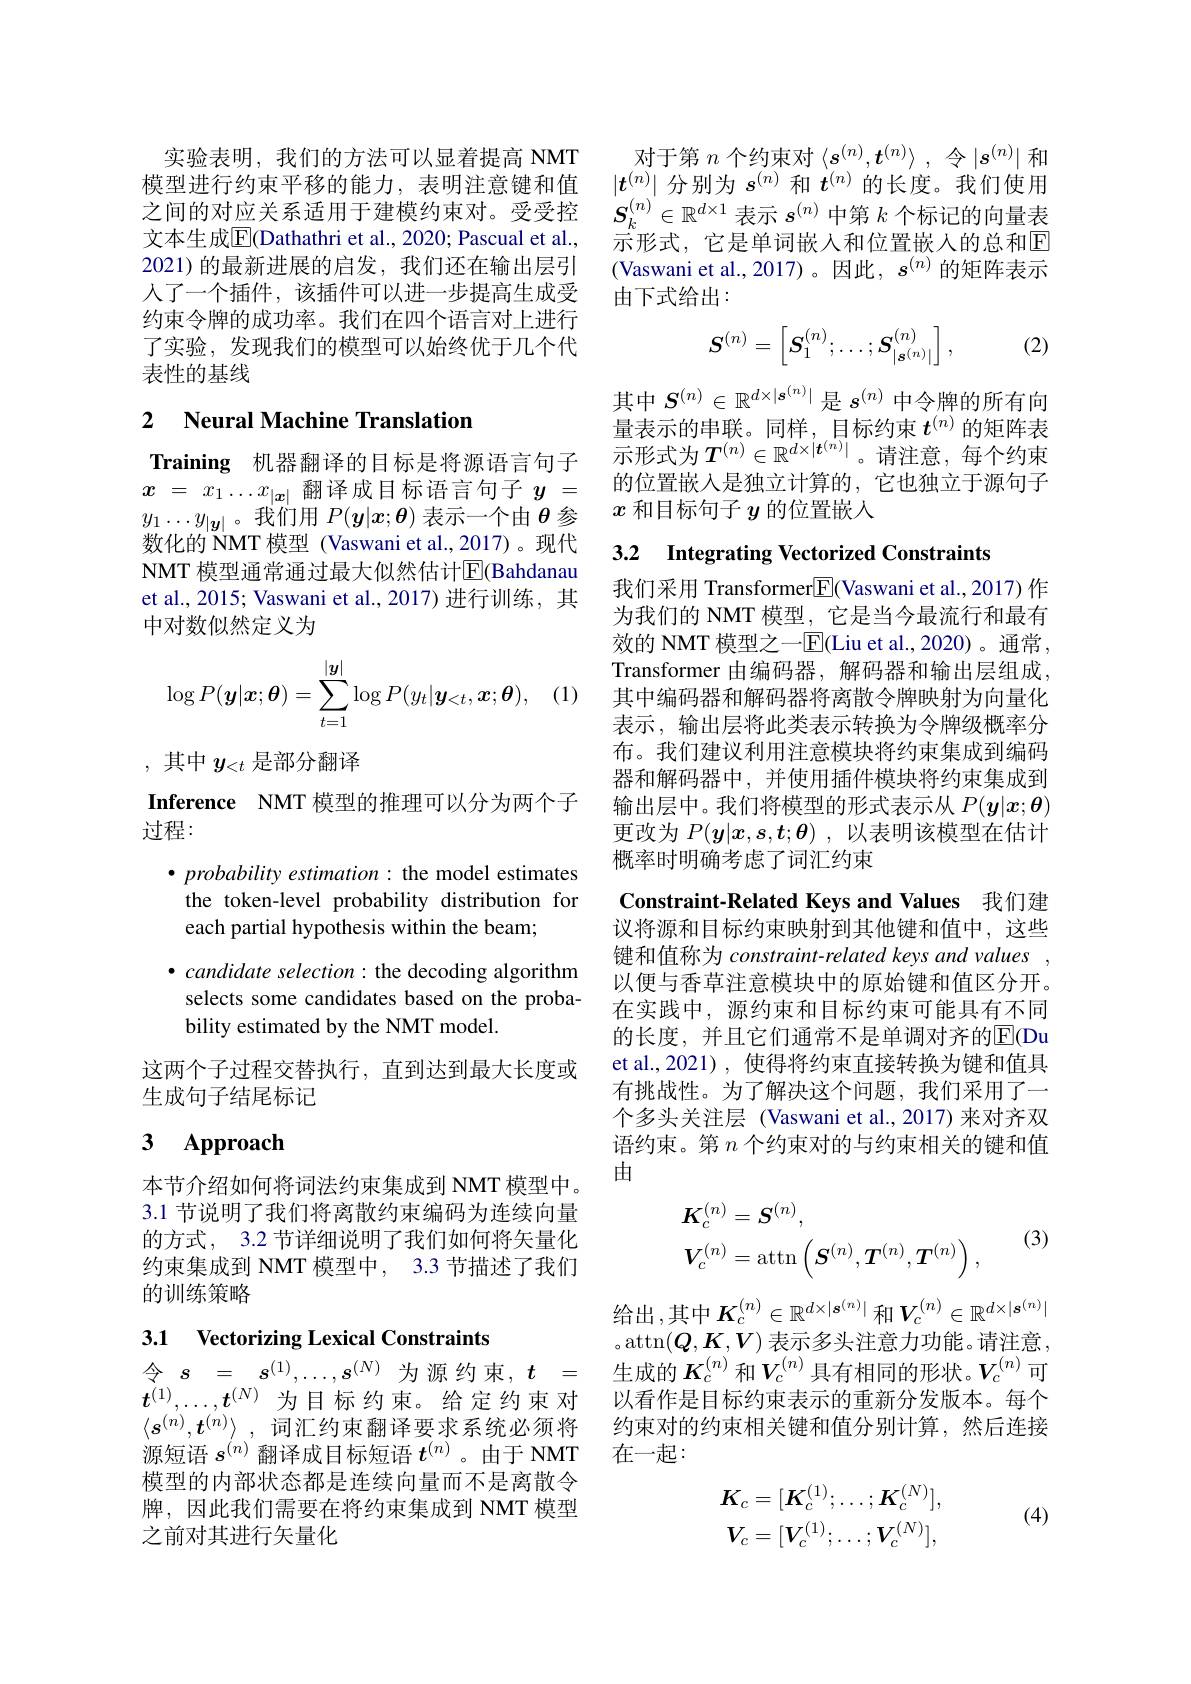
实验表明，我们的方法可以显着提高 NMT 文本生成$\overline{\mathrm{E}}$(Dathathri et al., 2020; Pascual et al., 2021)的最新进展的启发，我们还在输出层引人了一个插件，该插件可以进一步提高生成受约束令牌的成功率。我们在四个语言对上进行了实验，发现我们的模型可以始终优于几个代表性的基线

### 2 $\textbf{Neural Machine Translation}$

Training 机器翻译的目标是将源语言句子$x$ = $x_1\ldots x_{| \boldsymbol{x}| }$翻译成目标语言句子$y$ = $y_1\ldots y_{|\boldsymbol{y}|}$。我们用$P(\boldsymbol{y}|x;\boldsymbol{\theta})$表示一个由$\theta$参数化的 NMT 模型 (Vaswani et al.,2017)。现代NMT 模型通常通过最大似然估计$\overline{\mathrm{E}}$(Bahdanau et al., 2015; Vaswani et al., 2017) 进行训练，其中对数似然定义为
$$\log P(\boldsymbol y|\boldsymbol x;\boldsymbol\theta)=\sum_{t=1}^{|\boldsymbol y|}\log P(y_t|\boldsymbol y_{<t},\boldsymbol x;\boldsymbol\theta),$$
,其中$y_{<t}$是部分翻译

Inference NMT 模型的推理可以分为两个子
过程：

$\bullet \textit{probability estimation}:$ the model estimates the token-level probability distribution for each partial hypothesis within the beam;

$\bullet$ candidate selection: the decoding algorithm selects some candidates based on the probability estimated by the NMT model.

这两个子过程交替执行，直到达到最大长度或
生成句子结尾标记

## 3 $\mathbf{Approach}$

本节介绍如何将词法约束集成到 NMT 模型中。3.1 节说明了我们将离散约束编码为连续向量的方式，3.2 节详细说明了我们如何将矢量化约束集成到 NMT 模型中，3.3 节描述了我们的训练策略

## 3.1 Vectorizing Lexical Constraints

令$s=s^{(1)},\ldots,s^{(N)}$为源约束$,t=$ 源短语$s^{(n)}$翻译成目标短语$t^{(n)}$ 。由于 NMT 模型的内部状态都是连续向量而不是离散令牌，因此我们需要在将约束集成到 NMT 模型之前对其进行矢量化

对于第$n$个约束对$\langle s^(n),\boldsymbol{t}^{(n)}\rangle$ , 令$|s^(n)|$和
模型进行约束平移的能力，表明注意键和值$|t^{(n)}|$分别为$s^{(n)}$和$t^{(n)}$的长度。我们使用之间的对应关系适用于建模约束对。受受控 $S_k^{( n) }\in \mathbb{R} ^{d\times 1}$表示 $s^{(n)}$ 中第 $k$ 个标记的向量表
示形式，它是单词嵌入和位置嵌人的总和$\mathbb{E}$ (Vaswani et al.,2017)。因此，$s^{(n)}$的矩阵表示由下式给出：

(2)
$$\boldsymbol{S}^{(n)}=\begin{bmatrix}\boldsymbol{S}_1^{(n)};\ldots;\boldsymbol{S}_{|\boldsymbol{s}^{(n)}|}^{(n)}\end{bmatrix},$$
其中$S^{(n)}\in\mathbb{R}^{d\times|\boldsymbol{s}^{(n)}|}$是$s^{(n)}$中令牌的所有向量表示的串联。同样，目标约束$t^{(n)}$的矩阵表示形式为$T^(n)\in\mathbb{R}^{d\times|\boldsymbol{t}^{(n)}|}$。请注意，每个约束的位置嵌入是独立计算的，它也独立于源句子$x$和目标句子$y$的位置嵌人

## 3.2 $\textbf{Integrating Vectorized Constraints}$

我们采用 Transformer$\underline{\mathrm{E}}($Vaswani et al.,2017) 作为我们的 NMT 模型，它是当今最流行和最有效的 NMT 模型之一$\boxed{\mathrm{F}}($Liu et al.,2020)。通常， Transformer 由编码器，解码器和输出层组成， 其中编码器和解码器将离散令牌映射为向量化表示，输出层将此类表示转换为令牌级概率分布。我们建议利用注意模块将约束集成到编码器和解码器中，并使用插件模块将约束集成到输出层中。我们将模型的形式表示从$P(\boldsymbol{y}|x;\boldsymbol{\theta})$ 更改为$P(\boldsymbol{y}|\boldsymbol{x},\boldsymbol{s},\boldsymbol{t};\boldsymbol{\theta})$ ,以表明该模型在估计概率时明确考虑了词汇约束

Constraint-Related Keys and Values 我们建

议将源和目标约束映射到其他键和值中，这些键和值称为 constraint-related keys and values , 以便与香草注意模块中的原始键和值区分开。在实践中，源约束和目标约束可能具有不同的长度，并且它们通常不是单调对齐的$\overline{\mathrm{E}}($Du et al.,2021) , 使得将约束直接转换为键和值具有挑战性。为了解决这个问题，我们采用了一个多头关注层 (Vaswani et al.,2017) 来对齐双语约束。第$n$个约束对的与约束相关的键和值由

(3)
$$\begin{aligned}&\boldsymbol{K}_{c}^{(n)}=\boldsymbol{S}^{(n)},\\&\boldsymbol{V}_{c}^{(n)}=\arctan\left(\boldsymbol{S}^{(n)},\boldsymbol{T}^{(n)},\boldsymbol{T}^{(n)}\right),\end{aligned}$$
给出，其中$K_c^(n)\in\mathbb{R}^{d\times|\boldsymbol{s}^{(n)}|}$和$V_c^(n)\in\mathbb{R}^{d\times|\boldsymbol{s}^{(n)}|}$ 。attn$( \boldsymbol{Q}, \boldsymbol{K}, V)$ 表示多头注意力功能。请注意， 生成的$K_c^{(n)}$和$V_c^{(n)}$具有相同的形状。$V_c^{(n)}$可
$t^{(1)},\ldots,t^{(N)}$为目标约束。给定约束对 以看作是目标约束表示的重新分发版本。每个$\langle s^{(n)},t^{(n)}\rangle$ ,词汇约束翻译要求系统必须将 约束对的约束相关键和值分别计算，然后连接
在一起：

(4)
$$\begin{aligned}K_c&=[K_c^{(1)};\ldots;K_c^{(N)}],\\V_c&=[V_c^{(1)};\ldots;V_c^{(N)}],\end{aligned}$$